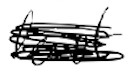
Text: least
Cross-out: scratch
Writing tool: digital_black